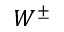
W ^ { \pm }